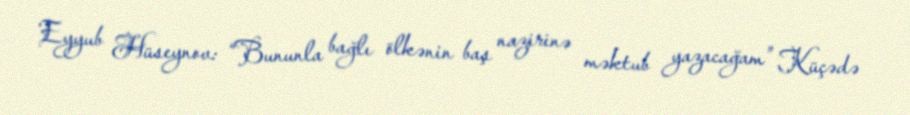
Eyyub Hüseynov: “Bununla bağlı ölkənin baş nazirinə məktub yazacağam” Küçədə